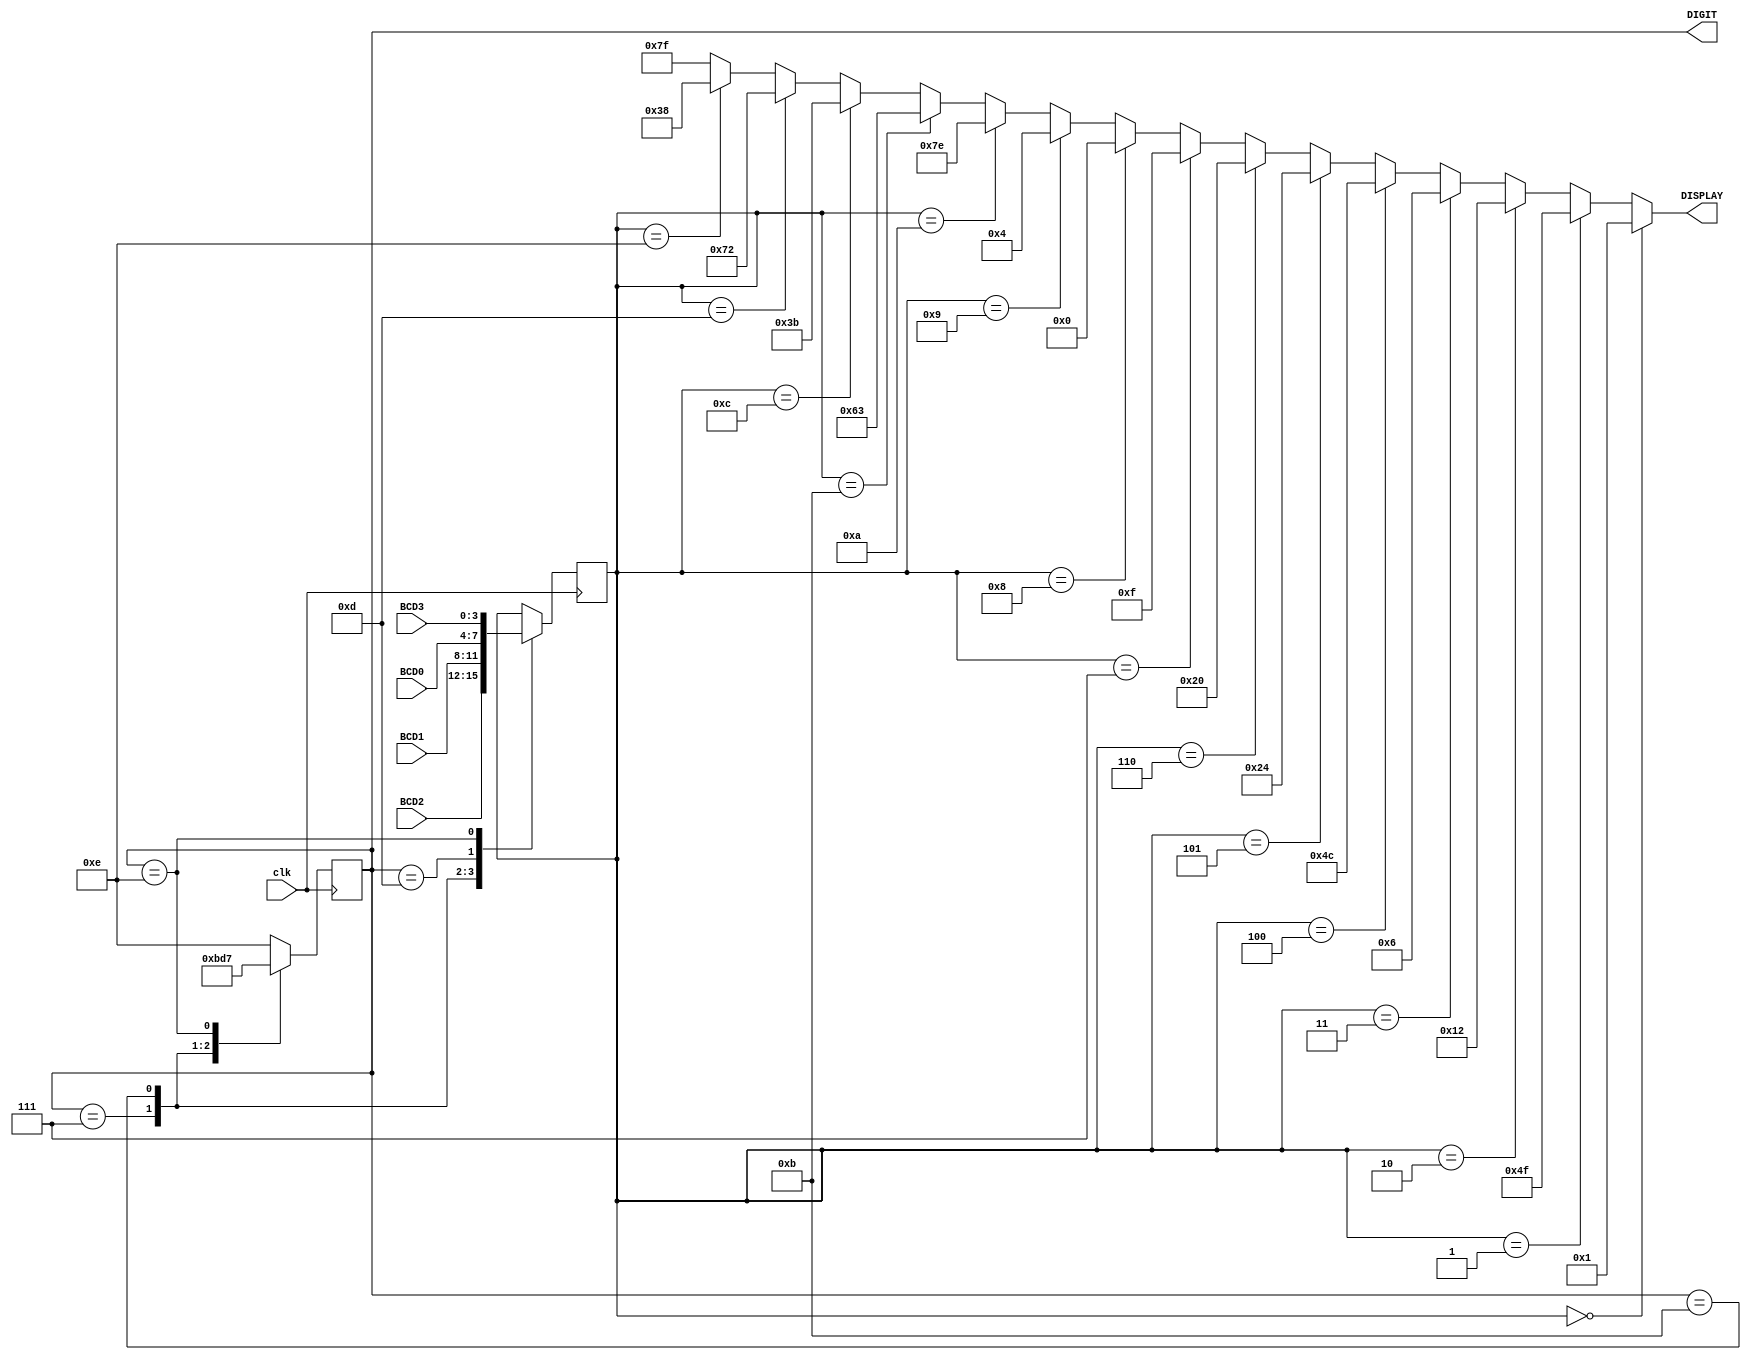
module LED7SEG(DIGIT, DISPLAY, clk, BCD3, BCD2, BCD1, BCD0
    );
input clk;
input [3:0] BCD3;
input [3:0] BCD2;
input [3:0] BCD1;
input [3:0] BCD0;
output reg [3:0] DIGIT;
output [6:0] DISPLAY;
reg [3:0] value;

	always @ ( posedge clk) begin	
		case(DIGIT) 
			4'b0111: begin
			    value = BCD2;
				DIGIT <= 4'b1011;
			end
			4'b1011: begin
			    value = BCD1;
				DIGIT <= 4'b1101;
			end
			4'b1101: begin
				value = BCD0;
				DIGIT <= 4'b1110;
			end
			4'b1110: begin
				value = BCD3;
				DIGIT <= 4'b0111;
			end
			default begin
				DIGIT <= 4'b1110;
			end
		endcase	
	end

	assign DISPLAY = (value==4'd0) ? 7'b0000001 :
						(value==4'd1) ? 7'b1001111 :
						(value==4'd2) ? 7'b0010010 :
						(value==4'd3) ? 7'b0000110 :
						(value==4'd4) ? 7'b1001100 :
						(value==4'd5) ? 7'b0100100 :
						(value==4'd6) ? 7'b0100000 :
						(value==4'd7) ? 7'b0001111 :
						(value==4'd8) ? 7'b0000000 : 
						(value==4'd9) ? 7'b0000100 :
						(value==4'd10) ? 7'b1111110 :    //j
						(value==4'd11) ? 7'b1100011 :    //u
						(value==4'd12) ? 7'b0111011 :    //i
						(value==4'd13) ? 7'b1110010 :    //c
						(value==4'd14) ? 7'b0111000 :    //f
						(value==4'd15) ? 7'b1111111 :    //e
                 						7'b1111111;


endmodule